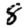
Digit: 8